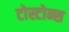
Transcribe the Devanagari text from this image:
टोस्टोन्स